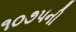
૧૦૭૫ની